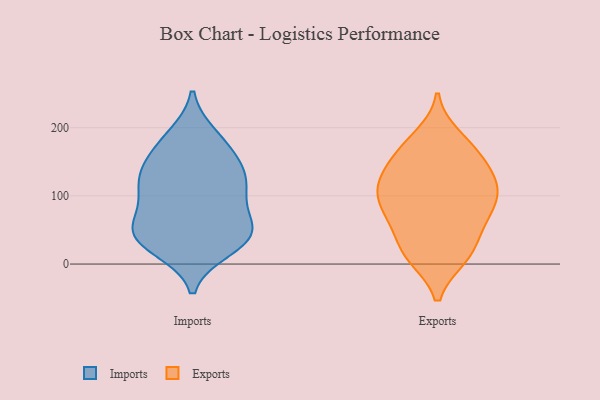
{"axis": {"x": "Bounce Rate (%)", "y": "Value"}, "legend": ["Exports", "Imports"], "data": [{"x": "", "y": 111, "type": "Imports"}, {"x": "", "y": 188, "type": "Imports"}, {"x": "", "y": 118, "type": "Imports"}, {"x": "", "y": 63, "type": "Imports"}, {"x": "", "y": 51, "type": "Imports"}, {"x": "", "y": 41, "type": "Imports"}, {"x": "", "y": 55, "type": "Imports"}, {"x": "", "y": 27, "type": "Imports"}, {"x": "", "y": 94, "type": "Imports"}, {"x": "", "y": 40, "type": "Imports"}, {"x": "", "y": 182, "type": "Imports"}, {"x": "", "y": 43, "type": "Imports"}, {"x": "", "y": 22, "type": "Imports"}, {"x": "", "y": 165, "type": "Imports"}, {"x": "", "y": 130, "type": "Imports"}, {"x": "", "y": 106, "type": "Imports"}, {"x": "", "y": 147, "type": "Imports"}, {"x": "", "y": 137, "type": "Imports"}, {"x": "", "y": 109, "type": "Exports"}, {"x": "", "y": 62, "type": "Exports"}, {"x": "", "y": 90, "type": "Exports"}, {"x": "", "y": 20, "type": "Exports"}, {"x": "", "y": 11, "type": "Exports"}, {"x": "", "y": 11, "type": "Exports"}, {"x": "", "y": 186, "type": "Exports"}, {"x": "", "y": 72, "type": "Exports"}, {"x": "", "y": 166, "type": "Exports"}, {"x": "", "y": 89, "type": "Exports"}, {"x": "", "y": 122, "type": "Exports"}, {"x": "", "y": 121, "type": "Exports"}, {"x": "", "y": 52, "type": "Exports"}, {"x": "", "y": 137, "type": "Exports"}, {"x": "", "y": 127, "type": "Exports"}, {"x": "", "y": 167, "type": "Exports"}, {"x": "", "y": 17, "type": "Exports"}, {"x": "", "y": 168, "type": "Exports"}, {"x": "", "y": 111, "type": "Exports"}, {"x": "", "y": 78, "type": "Exports"}]}